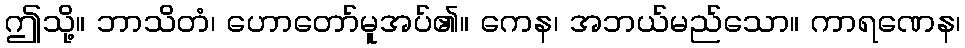
ဤသို့။ ဘာသိတံ၊ ဟောတော်မူအပ်၏။ ကေန၊ အဘယ်မည်သော။ ကာရဏေန၊